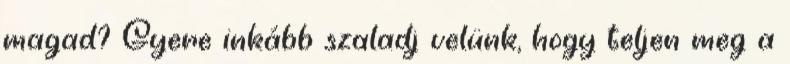
magad? Gyere inkább szaladj velünk, hogy teljen meg a